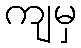
ကျမှ